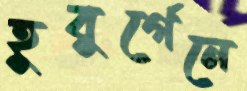
হুবুর্গেনে